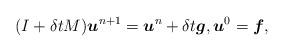
LaTeX: \begin{align*}(I+ \delta t M) \boldsymbol u^{n+1} = \boldsymbol u^n + \delta t\boldsymbol g, \boldsymbol u^0 = \boldsymbol f,\end{align*}